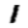
Digit: 1